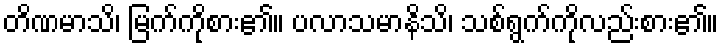
တိဏမာသိ၊ မြက်ကိုစား၏။ ပလာသမာနိသိ၊ သစ်ရွက်ကိုလည်းစား၏။